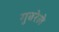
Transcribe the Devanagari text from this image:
गुबरेले